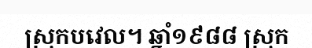
ស្រុកបវេល។ ឆ្នាំ១៩៨៨ ស្រុក